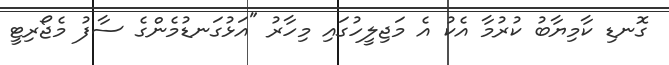
ގޮނޑި ކާމިޔާބު ކުރުމާ އެކު އެ މަޖިލީހުގައި މިހާރު "އަޅުގަނޑުމެންގެ ސާފު މެޖޯރިޓީ